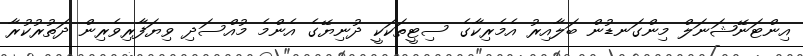
އިންޓަނޭޝަނަލް މިންގަނޑުން ބަލާއިރު އެމެރިކާގެ ސިޓީތަކަކީ ދުނިޔޭގެ އެންމެ މުއްސަދި ވިޔަފާރިވެރިން ދަތުރުކުރާ